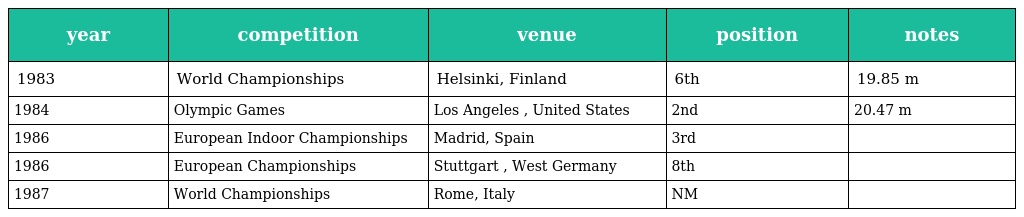
| year | competition | venue | position | notes |
 | --- | --- | --- | --- | --- |
 | 1983 | World Championships | Helsinki, Finland | 6th | 19.85 m |
 | 1984 | Olympic Games | Los Angeles , United States | 2nd | 20.47 m |
 | 1986 | European Indoor Championships | Madrid, Spain | 3rd |  |
 | 1986 | European Championships | Stuttgart , West Germany | 8th |  |
 | 1987 | World Championships | Rome, Italy | NM |  |